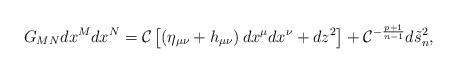
LaTeX: \begin{align*}G_{MN}dx^Mdx^N={\cal C}\left[\left(\eta_{\mu\nu}+h_{\mu\nu}\right)dx^{\mu}dx^{\nu}+dz^2\right]+{\cal C}^{-{{p+1}\over{n-1}}}d\tilde{s}^2_n,\end{align*}